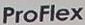
ProFlex